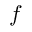
f